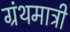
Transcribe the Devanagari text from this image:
ग्रंथमात्री